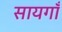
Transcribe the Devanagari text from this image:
सायगाँ